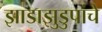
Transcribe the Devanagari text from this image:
झाडाझुडुपांचे